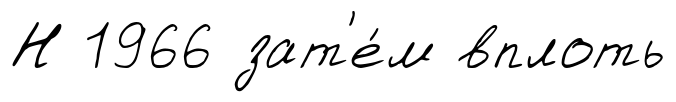
Н 1966 зат'е́м вплоть